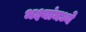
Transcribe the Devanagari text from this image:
भक्ष्यांमध्ये